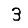
Digit: 3